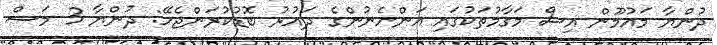
ދުންޔާ މައުމޫން އިސް މަގާމުތަކުގައި އަންހެނުންގެ ދައުރު ބޮޑުކުރަންޖެހޭ: ދުންޔާ 3 މަސް